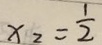
x _ { 2 } = \frac { 1 } { 2 }